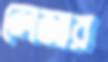
লেজার